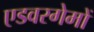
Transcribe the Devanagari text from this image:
एडवरगेमों